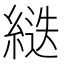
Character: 𦂾